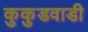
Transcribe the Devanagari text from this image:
कुकुडवाडी